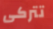
تتركى